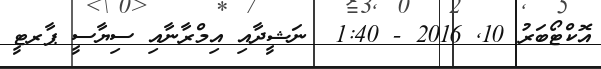
އޮކްޓޯބަރު 10